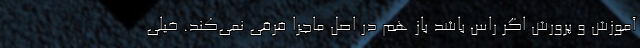
آموزش و پرورش اگر راس باشد باز هم در اصل ماجرا فرقی نمی‌کند. خیلی